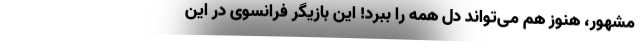
مشهور، هنوز هم می‌تواند دل همه را ببرد! این بازیگر فرانسوی در این